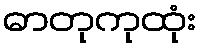
ဓာတုကုထုံး